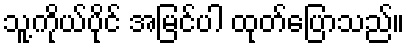
သူ့ကိုယ်ပိုင် အမြင်ပါ ထုတ်ပြောသည်။